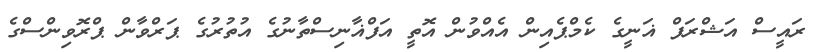
ރައީސް އަޝްރަފް ޣަނީގެ ކެމްޕެއިން އެއްވުން އޮތީ އަފްޣާނިސްތާނުގެ އުތުރުގެ ޕަރްވާން ޕްރޮވިންސްގެ